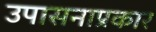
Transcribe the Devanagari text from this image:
उपासनाप्रकार